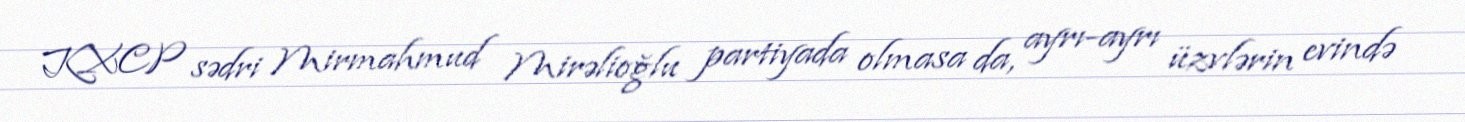
KXCP sədri Mirmahmud Mirəlioğlu partiyada olmasa da, ayrı-ayrı üzvlərin evində